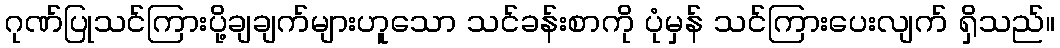
ဂုဏ်ပြုသင်ကြားပို့ချချက်များဟူသော သင်ခန်းစာကို ပုံမှန် သင်ကြားပေးလျက် ရှိသည်။